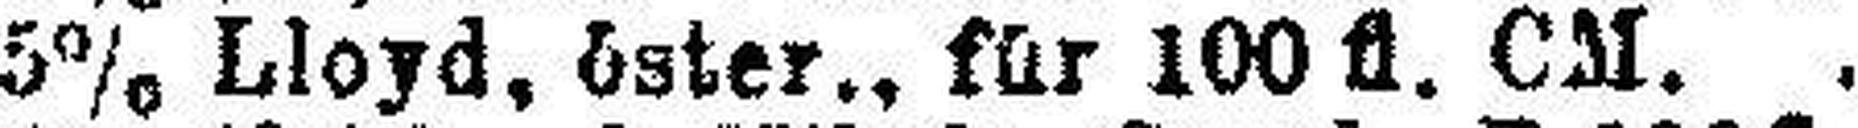
5% Lloyd, öster., für 100 fl. CM.